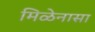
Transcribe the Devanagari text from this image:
मिळेनासा